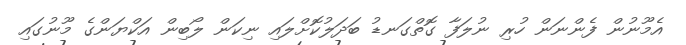
އެމޫނުން ފެންނަން ހުރި ނުލަފާ ގޮތްގަނޑު ބަދަލުކޮށްލައި ނިކަން ލޯބިން އަކްޔަންގެ މޫނުގައި